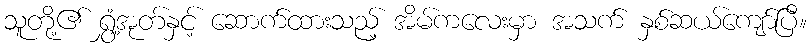
သူတို့၏ ရွှံ့အုတ်နှင့် ဆောက်ထားသည့် အိမ်ကလေးမှာ အသက် နှစ်ဆယ်ကျော်ပြီ။